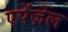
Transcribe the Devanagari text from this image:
एपेंज़ेल